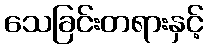
သေခြင်းတရားနှင့်